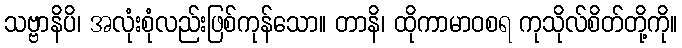
သဗ္ဗာနိပိ၊ အလုံးစုံလည်းဖြစ်ကုန်သော။ တာနိ၊ ထိုကာမာဝစရ ကုသိုလ်စိတ်တို့ကို။